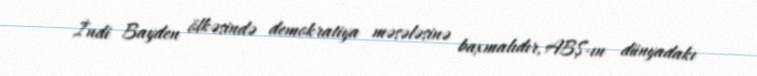
İndi Bayden ölkəsində demokratiya məsələsinə baxmalıdır, ABŞ-ın dünyadakı